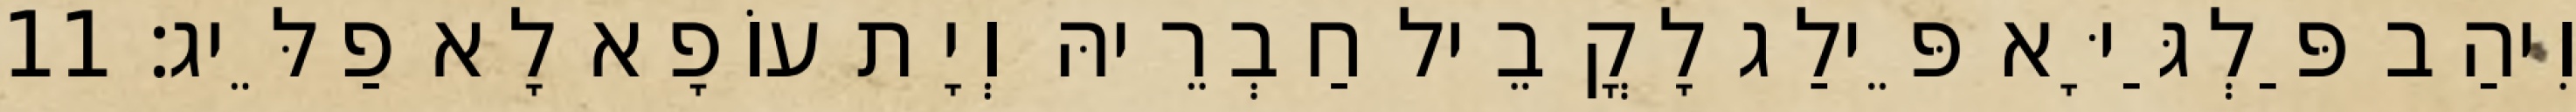
וִיהַב פַּלְגַּיָּא פֵּילַג לָקֳבֵיל חַבְרֵיהּ וְיָת עוֹפָא לָא פַלֵּיג׃ 11